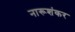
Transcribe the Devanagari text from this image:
नारूशंकर